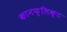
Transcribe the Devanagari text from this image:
कानफ्लिक्ट